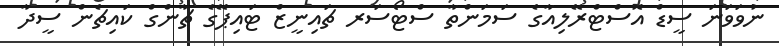
ނުވަވަނަ ސީޑް އޮސްޓްރޭލިއާގެ ސަމަންތާ ސްޓޯސަރ ޗައިނީޒް ޓައިޕޭގެ ޗާންގް ކައިޗެން ސީދާ